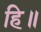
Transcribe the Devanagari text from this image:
हि॥